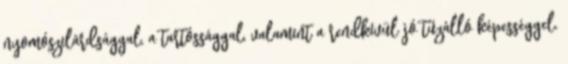
nyomószilárdsággal, a tartóssággal, valamint a rendkívül jó tűzálló képességgel.